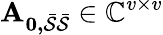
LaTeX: \mathbf{A_{0,\mathcal{\bar{S}}\mathcal{\bar{S}}}}\in\mathbb{C}^{v\times v}